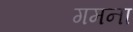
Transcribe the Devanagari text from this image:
गमना